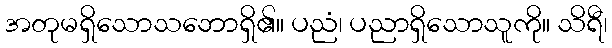
အတုမရှိသောသဘောရှိ၏။ ပညံ၊ ပညာရှိသောသူကို။ သိရီ၊